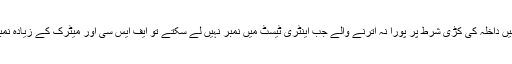
سرکاری میڈیکل کالجوں میں داخلہ کی کڑی شرط پر پورا نہ اترنے والے جب اینٹری ٹیسٹ میں نمبر نہیں لے سکتے تو ایف ایس سی اور میٹرک کے زیادہ نمبر بھی انکے کام نہیں آتے۔